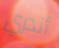
أندري